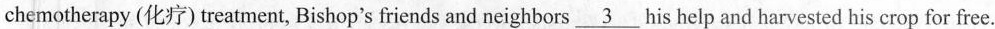
chemotherapy (化疗)treatment, Bishop's friends and neighbors\underline{3}his help and harvested his crop for free.